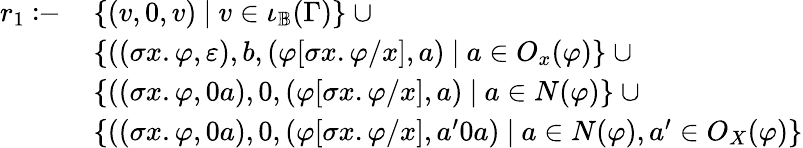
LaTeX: \begin{array}{rl}{r_{1}\coloneq\, }&{\{ (v,0,v)~|~v\in\iota_{\mathbb{B}}(\Gamma)\} ~\cup}\\ &{\{ ((\sigma x.\varphi,\varepsilon),b,(\varphi[\sigma x.\varphi/x],a)~|~a\in O_{x}(\varphi)\} ~\cup}\\ &{\{ ((\sigma x.\varphi,0a),0,(\varphi[\sigma x.\varphi/x],a)~|~a\in N(\varphi)\} ~\cup}\\ &{\{ ((\sigma x.\varphi,0a),0,(\varphi[\sigma x.\varphi/x],a^{\prime}0a)~|~a\in N(\varphi),a^{\prime}\in O_{X}(\varphi)\} }\end{array}